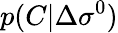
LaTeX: p(C|\Delta\sigma^{0})